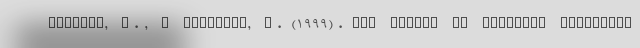
Gibbons, E., & Garfield, R. (1999). The impact of economic sanctions